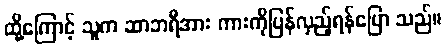
ထို့ကြောင့် သူက ဆာဘရီအား ကားကိုပြန်လှည့်ရန်ပြော သည်။